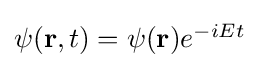
{\textstyle \psi (\mathbf {r} ,t)=\psi ({\mathbf {r} })e^{-iEt}}